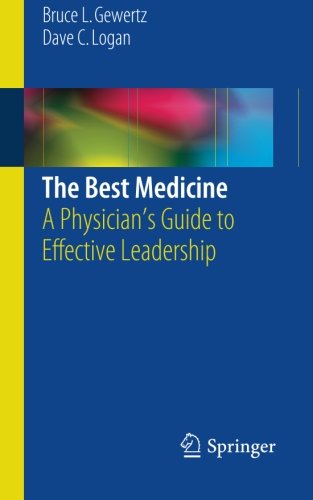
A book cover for The Best Medicine: A Physician's Guide to Effective Leadership; Bruce L. Gewertz; Medical Books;